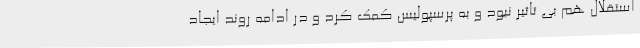
استقلال هم بی تاثیر نبود و به پرسپولیس کمک کرد و در ادامه روند ایجاد